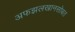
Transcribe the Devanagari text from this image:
अफझलखानसोबत